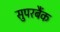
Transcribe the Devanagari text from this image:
सुपरबैंक